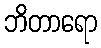
ဘိတာရော